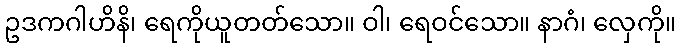
ဥဒကဂါဟိနိ၊ ရေကိုယူတတ်သော။ ဝါ၊ ရေဝင်သော။ နာဂံ၊ လှေကို။